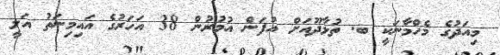
މިއަދުގެ މެހްމާނަކީ ބ. ތުޅާދޫއަށް އުފަން އުމުރުން 38 އަހަރުގެ އައިމިނަތު އަލީ